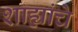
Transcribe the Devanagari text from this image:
शाह्यांचे